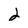
Character: 2